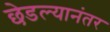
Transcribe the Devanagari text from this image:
छेडल्यानंतर